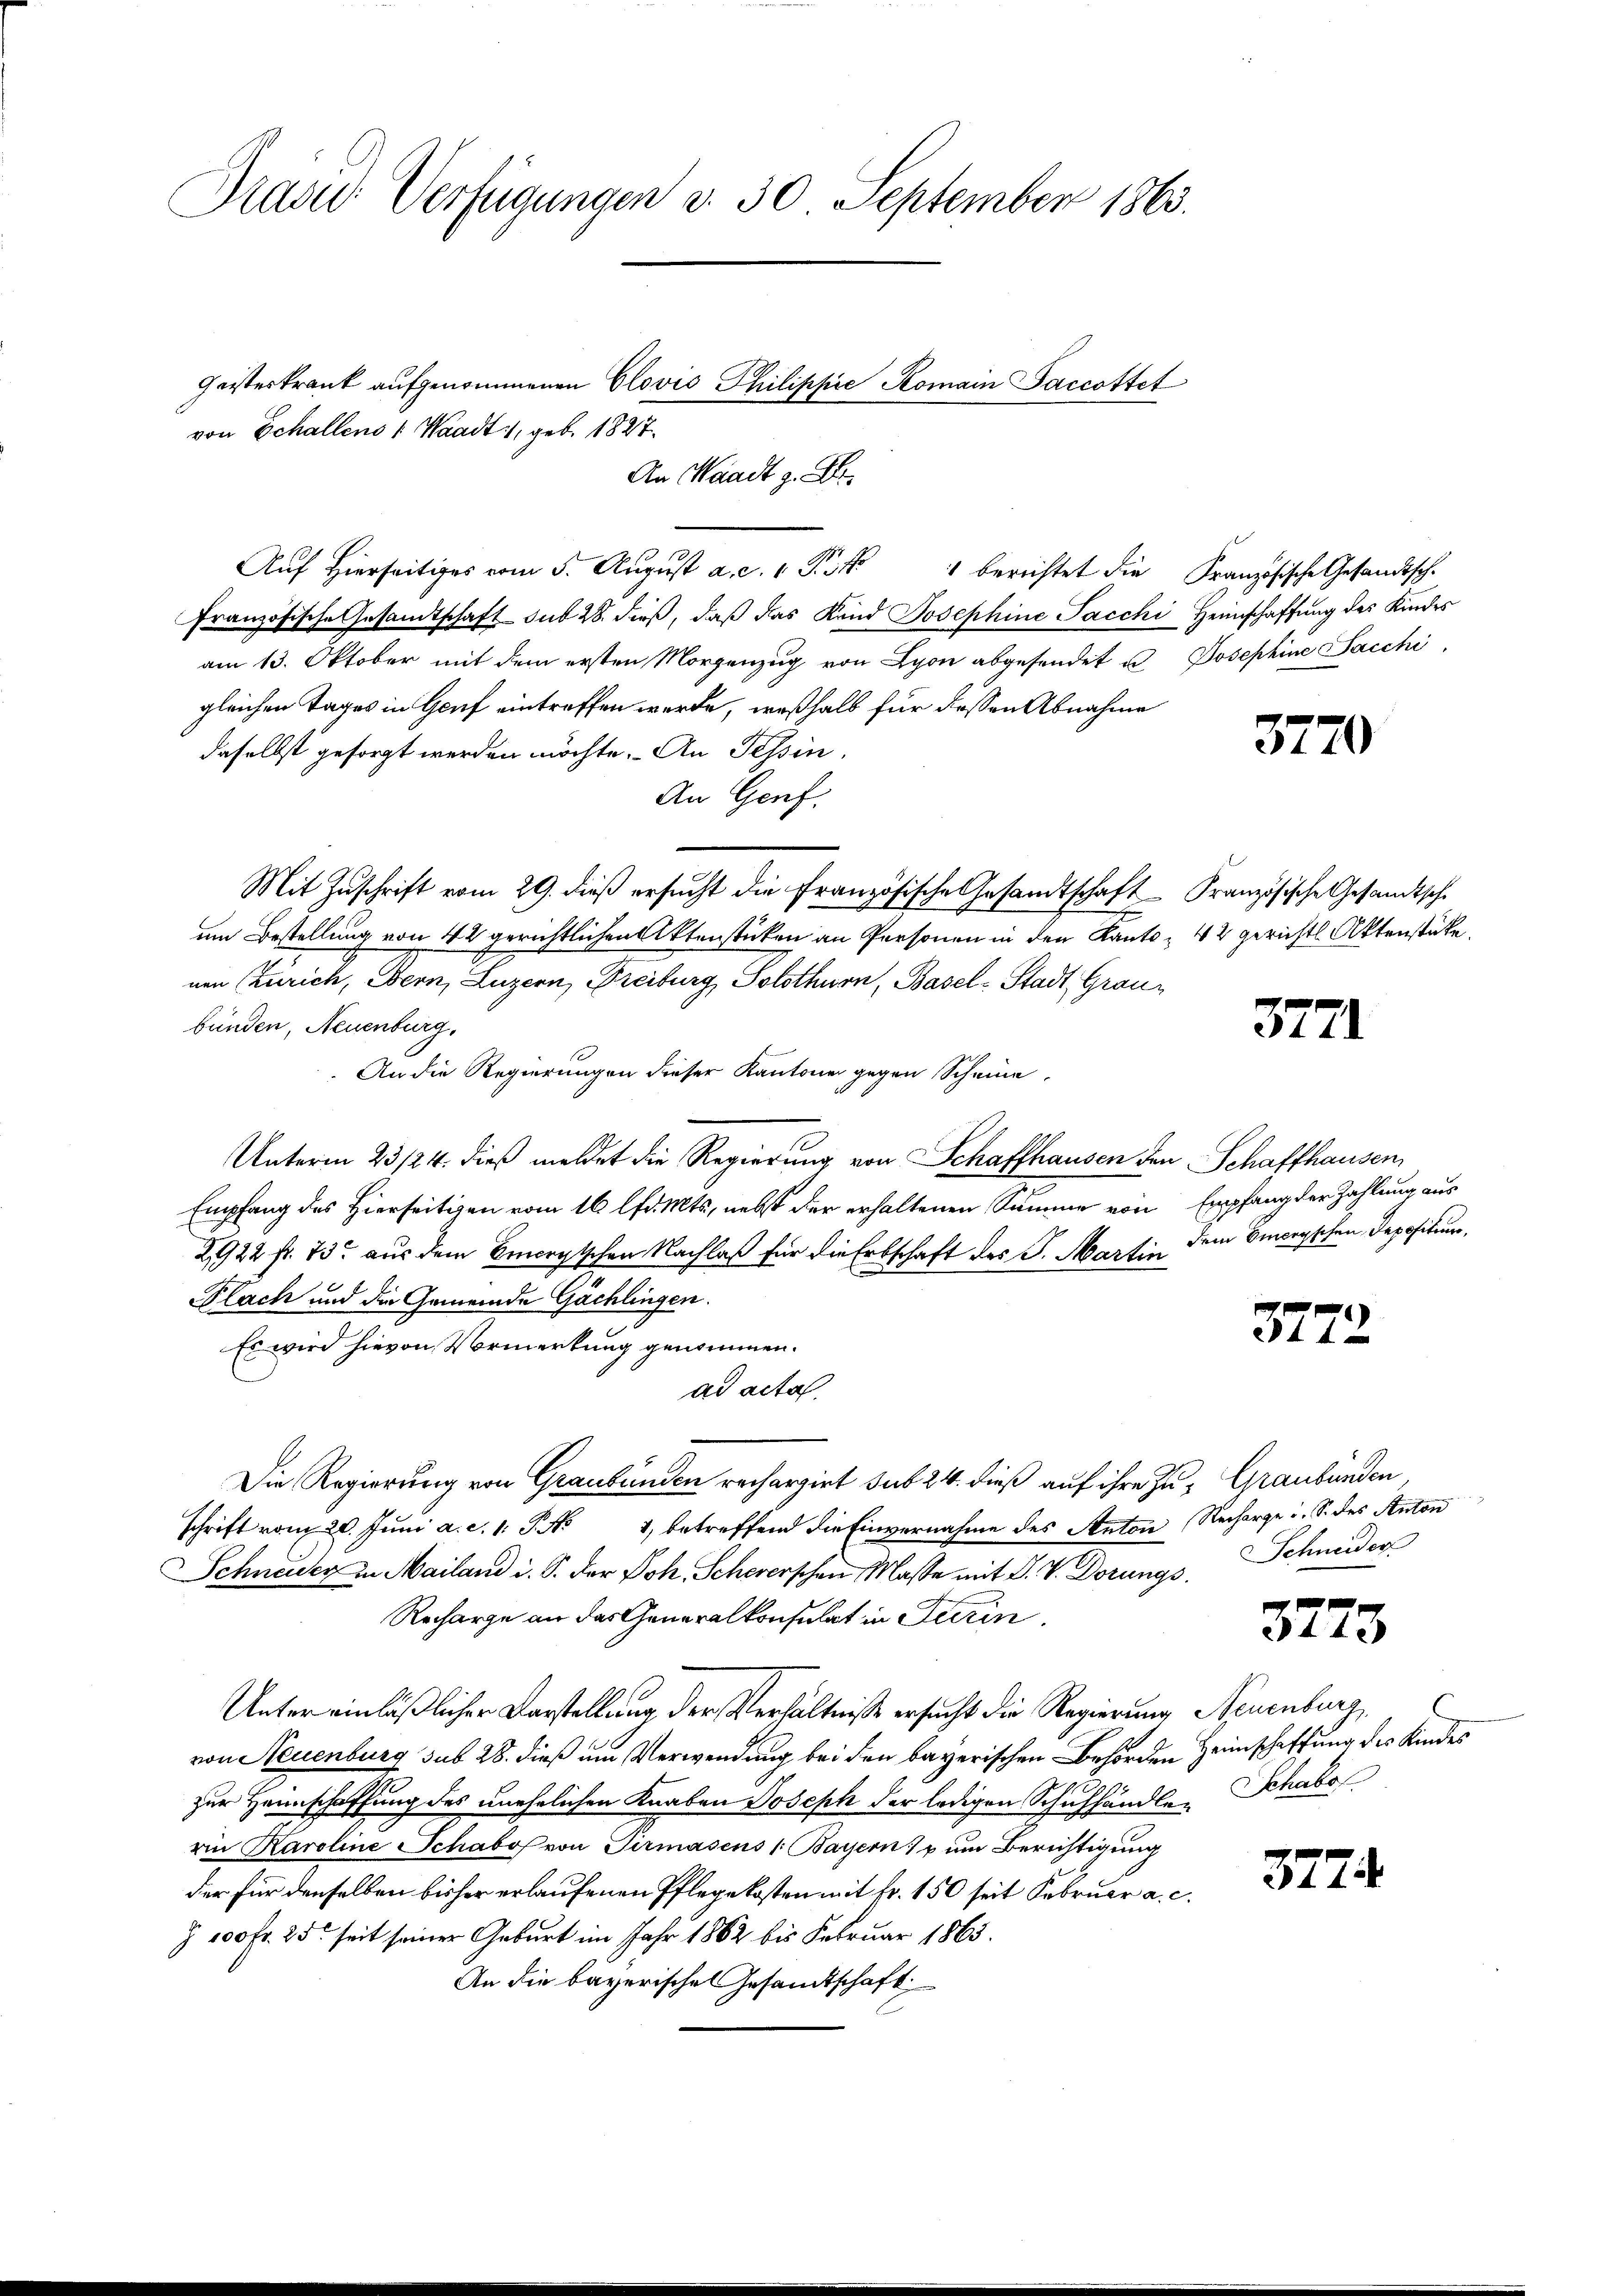
Präsid Verfügungen d. 30 September 1863.

von Echallens 1 Waadt 1, geb. 1827.
Auf hierseitiges vom 5. Aŭgŭst a. c. 1 Pkt. 1 berichtet die Französische Gesandtsch.
Französische Gesandtschaft sub 28. dieß, daß das Kind Josephine Sacchi Heimschaffung des Kindes
am 13. Oktober mit dem ersten Morgenzug von Lyon abgesendet u. Josephine Sacchi
gleichen Tages in Genf eintreffen werde, weßhalb für dessen Abnahme
daselbst gesorgt werden möchte. An Tessin,
An Genf.
Mit Zuschrift vom 29. dieß ersucht die Französische Gesandtschaft Französische Gesandtsche
um Bestellung von 42 gerichtlichen Aktenstücken an Personen in den Kanto- 42 gerichts Aktenstücke.
nen Zürich, Bern, Luzern, Freiburg, Solothurn, Basel-Stadt Graubänden, Neuenburg,
An die Regierungen dieser Kantone gegen Scheine
Unterm 23/24. dieß meldet die Regierung von Schaffhausen den
Empfang des Hierseitigen vom 16 lfd. Mts, nebst der erhaltenen Summe von Empfang der Zahlung aus
2922 fr. 73 aus dem morgischen Nachlaß für die Erbschaft des G. Martin dem Viceyschen Depositum,
PFlach und die Gemeinde Gächlingen.
Es wird hievon Vormerkung genommen.
ad acta
Die Regierung von Graubünden rechargirt sub 24. dieß auf ihre Zu- Graubünden
schrift vom 20. Jŭni a. c. 1. P. N. 1, betreffend die Einvernahme des Anton Recharge u. S. des Anton
Schneider in Mailand i. S. der Joh. Scheerschen Masse mit J. V. Dörungs
Recharge an das Generalkonsulat in Turin
Unter einläßlicher Darstellung der Verhältniße ersucht die Regierung Neuenburg
von Neuenburg sub 28. dieß um Verwendung bei den bayerischen Behörden
zur Haunschaffung des unehelichen Knaben Joseph der ledigen Schulhändlen Schabe
rin Karoline Schabof von Sermasens (Bayern u ŭm Berichtigung
der für denselben bisher erlaufenen Pflegekosten mit Fr. 150 seit Februar a. c.
Z 100 fr. 25 seit seiner Geburt im Jahr 1882 bis Februar 1863.
An die bayerische Gesamtschaft

An Waadt z. B.

Geisteskrank aufgenommenen Clović Philippie Komain Saccottet

3770

3771

Schaffhausen

3772

Schneider

3723

Heimschaffung des Kindes

3774